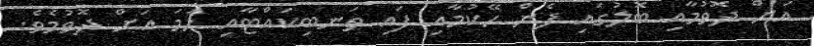
އަށް ދޮވުމާއި ބޮލުގައި ފެން ހޭކުމާއި ފައި ތަނބިކައްޓާއި ހަމަ އަށް ދޮވުމެވެ.